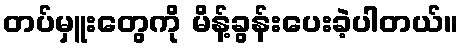
တပ်မှူးတွေကို မိန့်ခွန်းပေးခဲ့ပါတယ်။